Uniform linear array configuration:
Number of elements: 24
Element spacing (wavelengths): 0.25
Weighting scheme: hamming
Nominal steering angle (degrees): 60
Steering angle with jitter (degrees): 60.53
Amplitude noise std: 0.05
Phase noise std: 0.05

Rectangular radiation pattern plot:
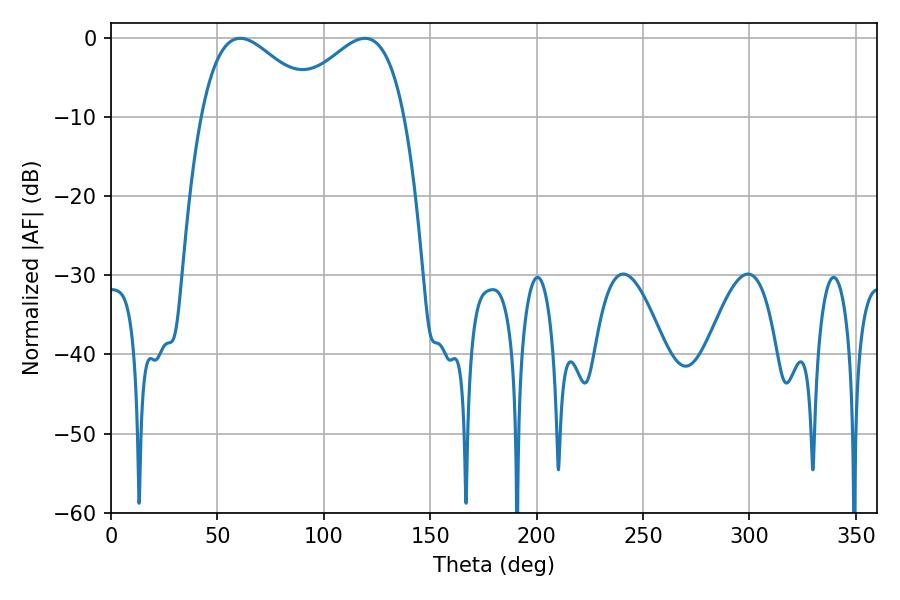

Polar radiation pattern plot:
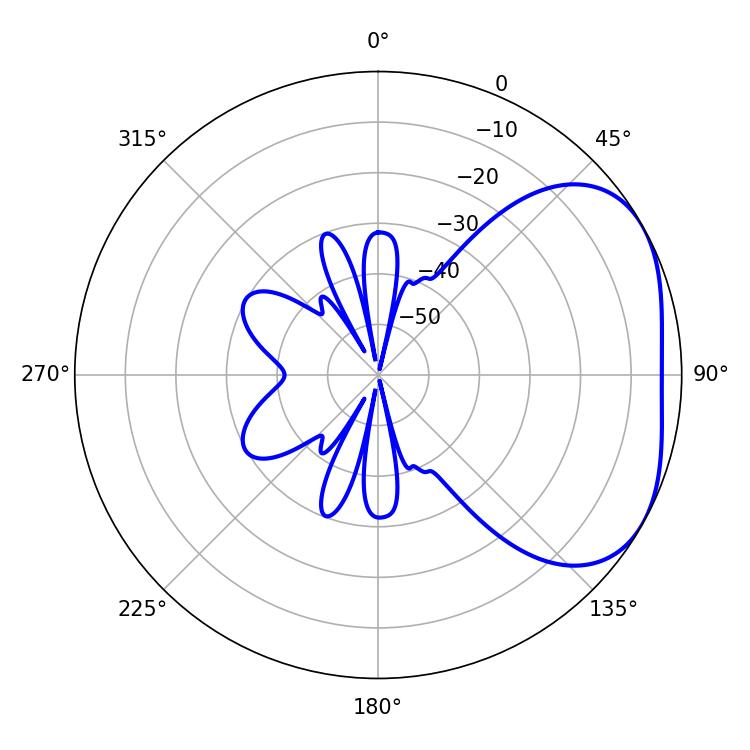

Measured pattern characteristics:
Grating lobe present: FALSE
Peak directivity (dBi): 3.232
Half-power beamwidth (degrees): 30.24
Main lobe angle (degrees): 60.66